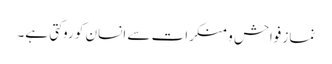
نماز فواحش و منکرات سے انسان کو روکتی ہے۔